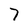
Character: 7